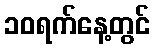
၁၀ရက်နေ့တွင်